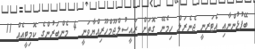
ބޭފުޅުންނާއި އެޓަރނީ ޖެނެރަލް ހިމެނޭ ގޮތަށް ރައީސުލްޖޫމްހޫރިއްޔާވަނީ 4 މެންބަރުންގެ ކޮމިޓީއެއް 11